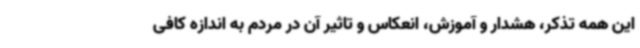
این همه تذکر، هشدار و آموزش، انعکاس و تاثیر آن در مردم به اندازه کافی